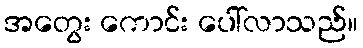
အတွေး ကောင်း ပေါ်လာသည်။